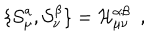
\{ { \cal S } _ { \mu } ^ { a } , { \cal S } _ { \nu } ^ { \beta } \} = { \cal H } _ { \mu \nu } ^ { \alpha \beta } \ \ ,